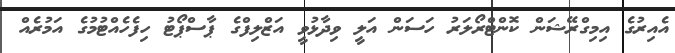
އެއިރުގެ އިމިގްރޭޝަން ކޮންޓްރޯލަރު ހަސަން އަލީ ވިދާޅުވީ އަޒްލިފްގެ ޕާސްޕޯޓު ހިފެހެއްޓުމުގެ އަމުރެއް